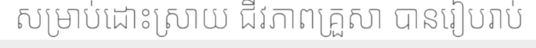
សម្រាប់ដោះស្រាយ ជីវភាពគ្រួសា បានរៀបរាប់